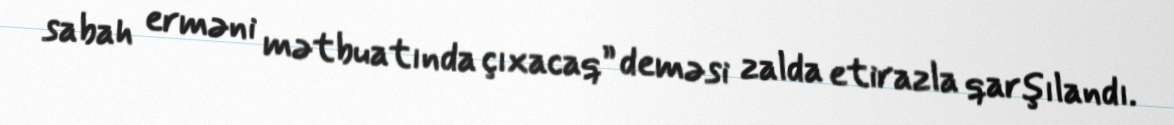
sabah erməni mətbuatında çıxacaq” deməsi zalda etirazla qarşılandı.